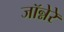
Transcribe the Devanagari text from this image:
जॉन्नेरे